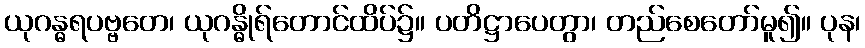
ယုဂန္ဓရပဗ္ဗတေ၊ ယုဂန္ဓိုရ်တောင်ထိပ်၌။ ပတိဋ္ဌာပေတွာ၊ တည်စေတော်မူ၍။ ပုန၊